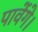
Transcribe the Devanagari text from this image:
पावेंगे।